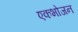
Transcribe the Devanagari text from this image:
एकभोजन